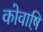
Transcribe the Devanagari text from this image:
कोवाष़ि